Punjab Mental Hospital Lahore 1932-46 - 1932-1946
Year: 1932
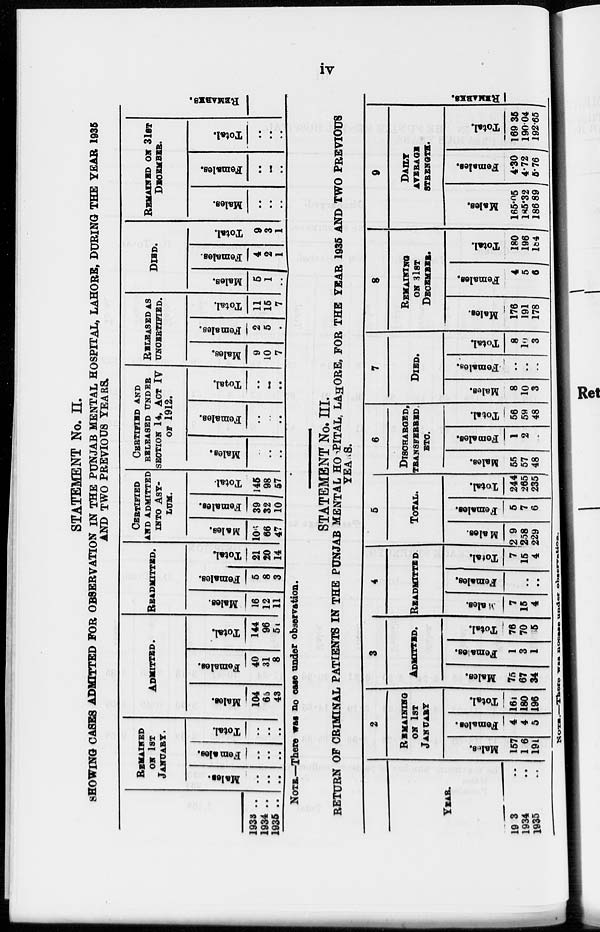
iv
STATEMENT No. II.
SHOWING CASES ADMITTED FOR OBSERVATION IN THE PUNJAB MENTAL HOSPITAL, LAHORE, DURING THE YEAR 1935
AND TWO PREVIOUS YEARS.
1933 ..
1934 ..
1935 ..
REMAINED
ON 1ST
JANUARY.
Males.
..
..
..
Females.
..
..
..
Total.
..
..
..
ADMITTED.
Males.
104
65
43
Females.
40
31
8
Total.
144
96
51
READMITTED.
Males.
16
12
11
Females.
5
8
3
Total.
21
20
14
CERTIFIED
AND ADMITTED
INTO ASY-
---.
Males.
106
66
47
Females.
39
32
10
Total.
145
98
57
CERTIFIED AND
RELEASED UNDER
SECTION 14, ACT IV
OF 1912.
Males.
..
..
..
Females.
..
..
..
Total.
..
..
..
RELEASED AS
UNCERTIFIED.
Males.
9
10
7
Females.
2
5
..
Total.
11
15
7
DIED.
Males.
5
1
..
Females.
4
2
1
Total.
9
3
1
REMAINED ON 31ST
DECEMBER.
Males.
..
..
..
Females.
..
..
..
Total.
..
..
..
REMARKS.
NOTE.—There was no case under observation.
STATEMENT No. III.
RETURN OF CRIMINAL PATIENTS IN THE PUNJAB MENTAL HOSPITAL, LAHORE, FOR THE YEAR 1935 AND TWO PREVIOUS
YEARS.
YEAR.
1933 ..
1934 ..
1935 ..
2
REMAINING
ON 1ST
JANUARY
Males.
157
176
191
Females.
4
4
5
Total.
161
180
196
3
ADMITTED.
Males.
75
67
34
Females.
1
3
1
Total.
76
70
35
4
READMITTED
Males.
7
16
4
Females.
..
..
..
Total.
7
15
4
5
TOTAL.
Males.
239
258
229
Females.
5
7
6
Total.
244
265
235
6
DISCHARGED,
TRANSFERRED,
ETC.
Males.
55
57
48
Females.
1
2
..
Total.
56
59
48
7
DIED.
Males.
8
10
3
Females.
..
..
..
Total
8
10
3
8
REMAINING
ON 31ST
DECEMBER.
Males.
176
191
178
Females.
4
5
6
Total.
180
196
184
9
DAILY
AVERAGE
STRENGTH.
Males.
165.05
185.32
186.89
Females.
4.30
4.72
5.76
Total.
169.35
190.04
192.65
REMARKS.
NOTE.—There
was
nocase
under
observation.